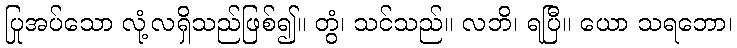
ပြုအပ်သော လုံ့လရှိသည်ဖြစ်၍။ တွံ၊ သင်သည်။ လဘိ၊ ရပြီ။ ယော သရဘော၊